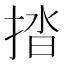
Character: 㧺